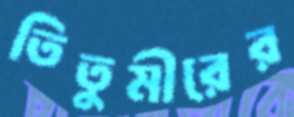
তিতুমীরের